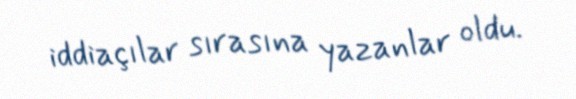
iddiaçılar sırasına yazanlar oldu.